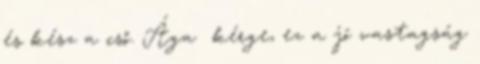
és kész a cső. Ága kérge, ez a jó vastagság